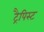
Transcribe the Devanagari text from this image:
ट्रैपिस्ट